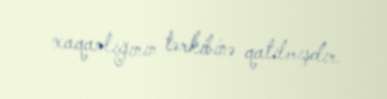
xaqanlığının tərkibinə qatılmışdır.